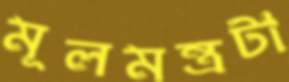
মূলমন্ত্রটা